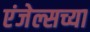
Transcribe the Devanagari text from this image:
एंजेल्सच्या